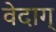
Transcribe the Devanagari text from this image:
वेदाग्